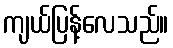
ကျယ်ပြန့်လေသည်။